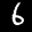
Label: 6